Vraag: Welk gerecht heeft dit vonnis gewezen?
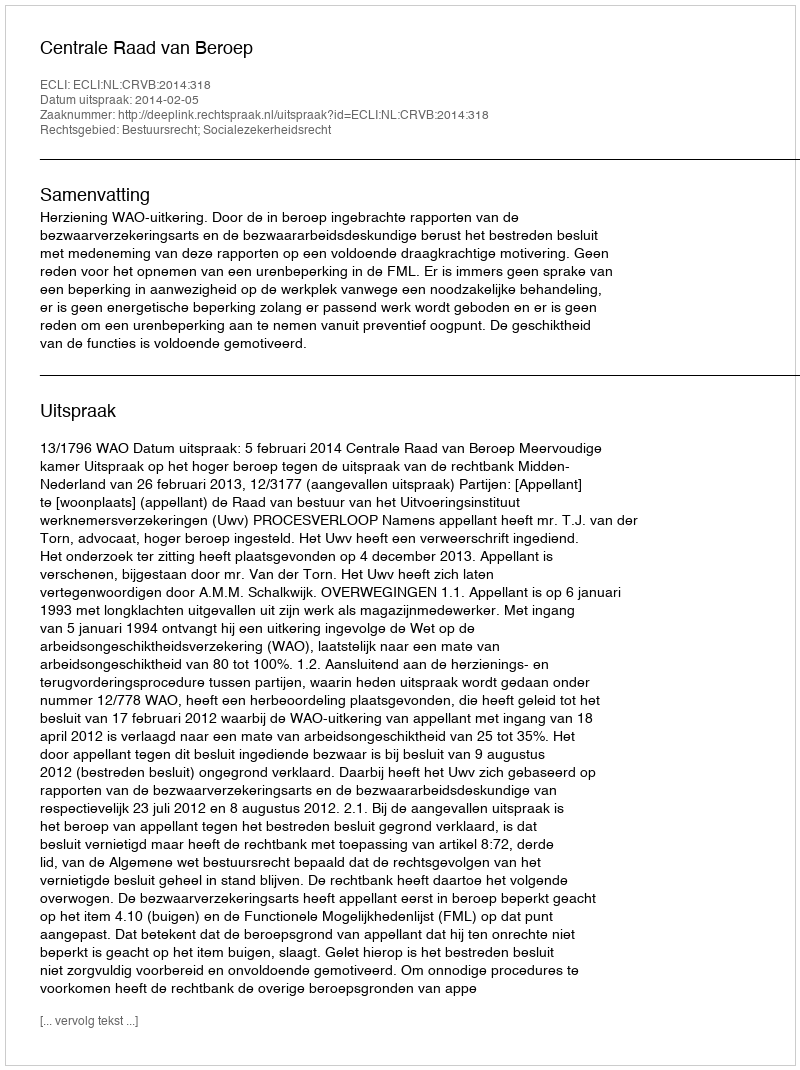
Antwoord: Centrale Raad van Beroep